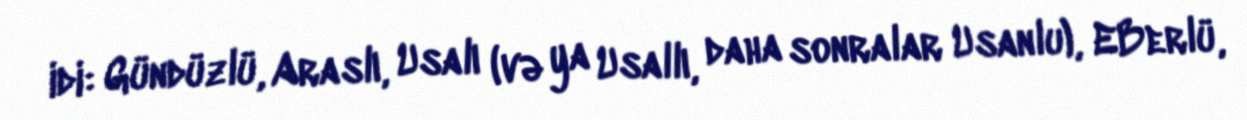
idi: Gündüzlü, Araslı, Usalı (və ya Usallı, daha sonralar Usanlu), EBerlü,